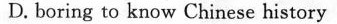
D. boring to know Chinese history